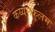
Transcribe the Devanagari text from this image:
कय्यमकुलम